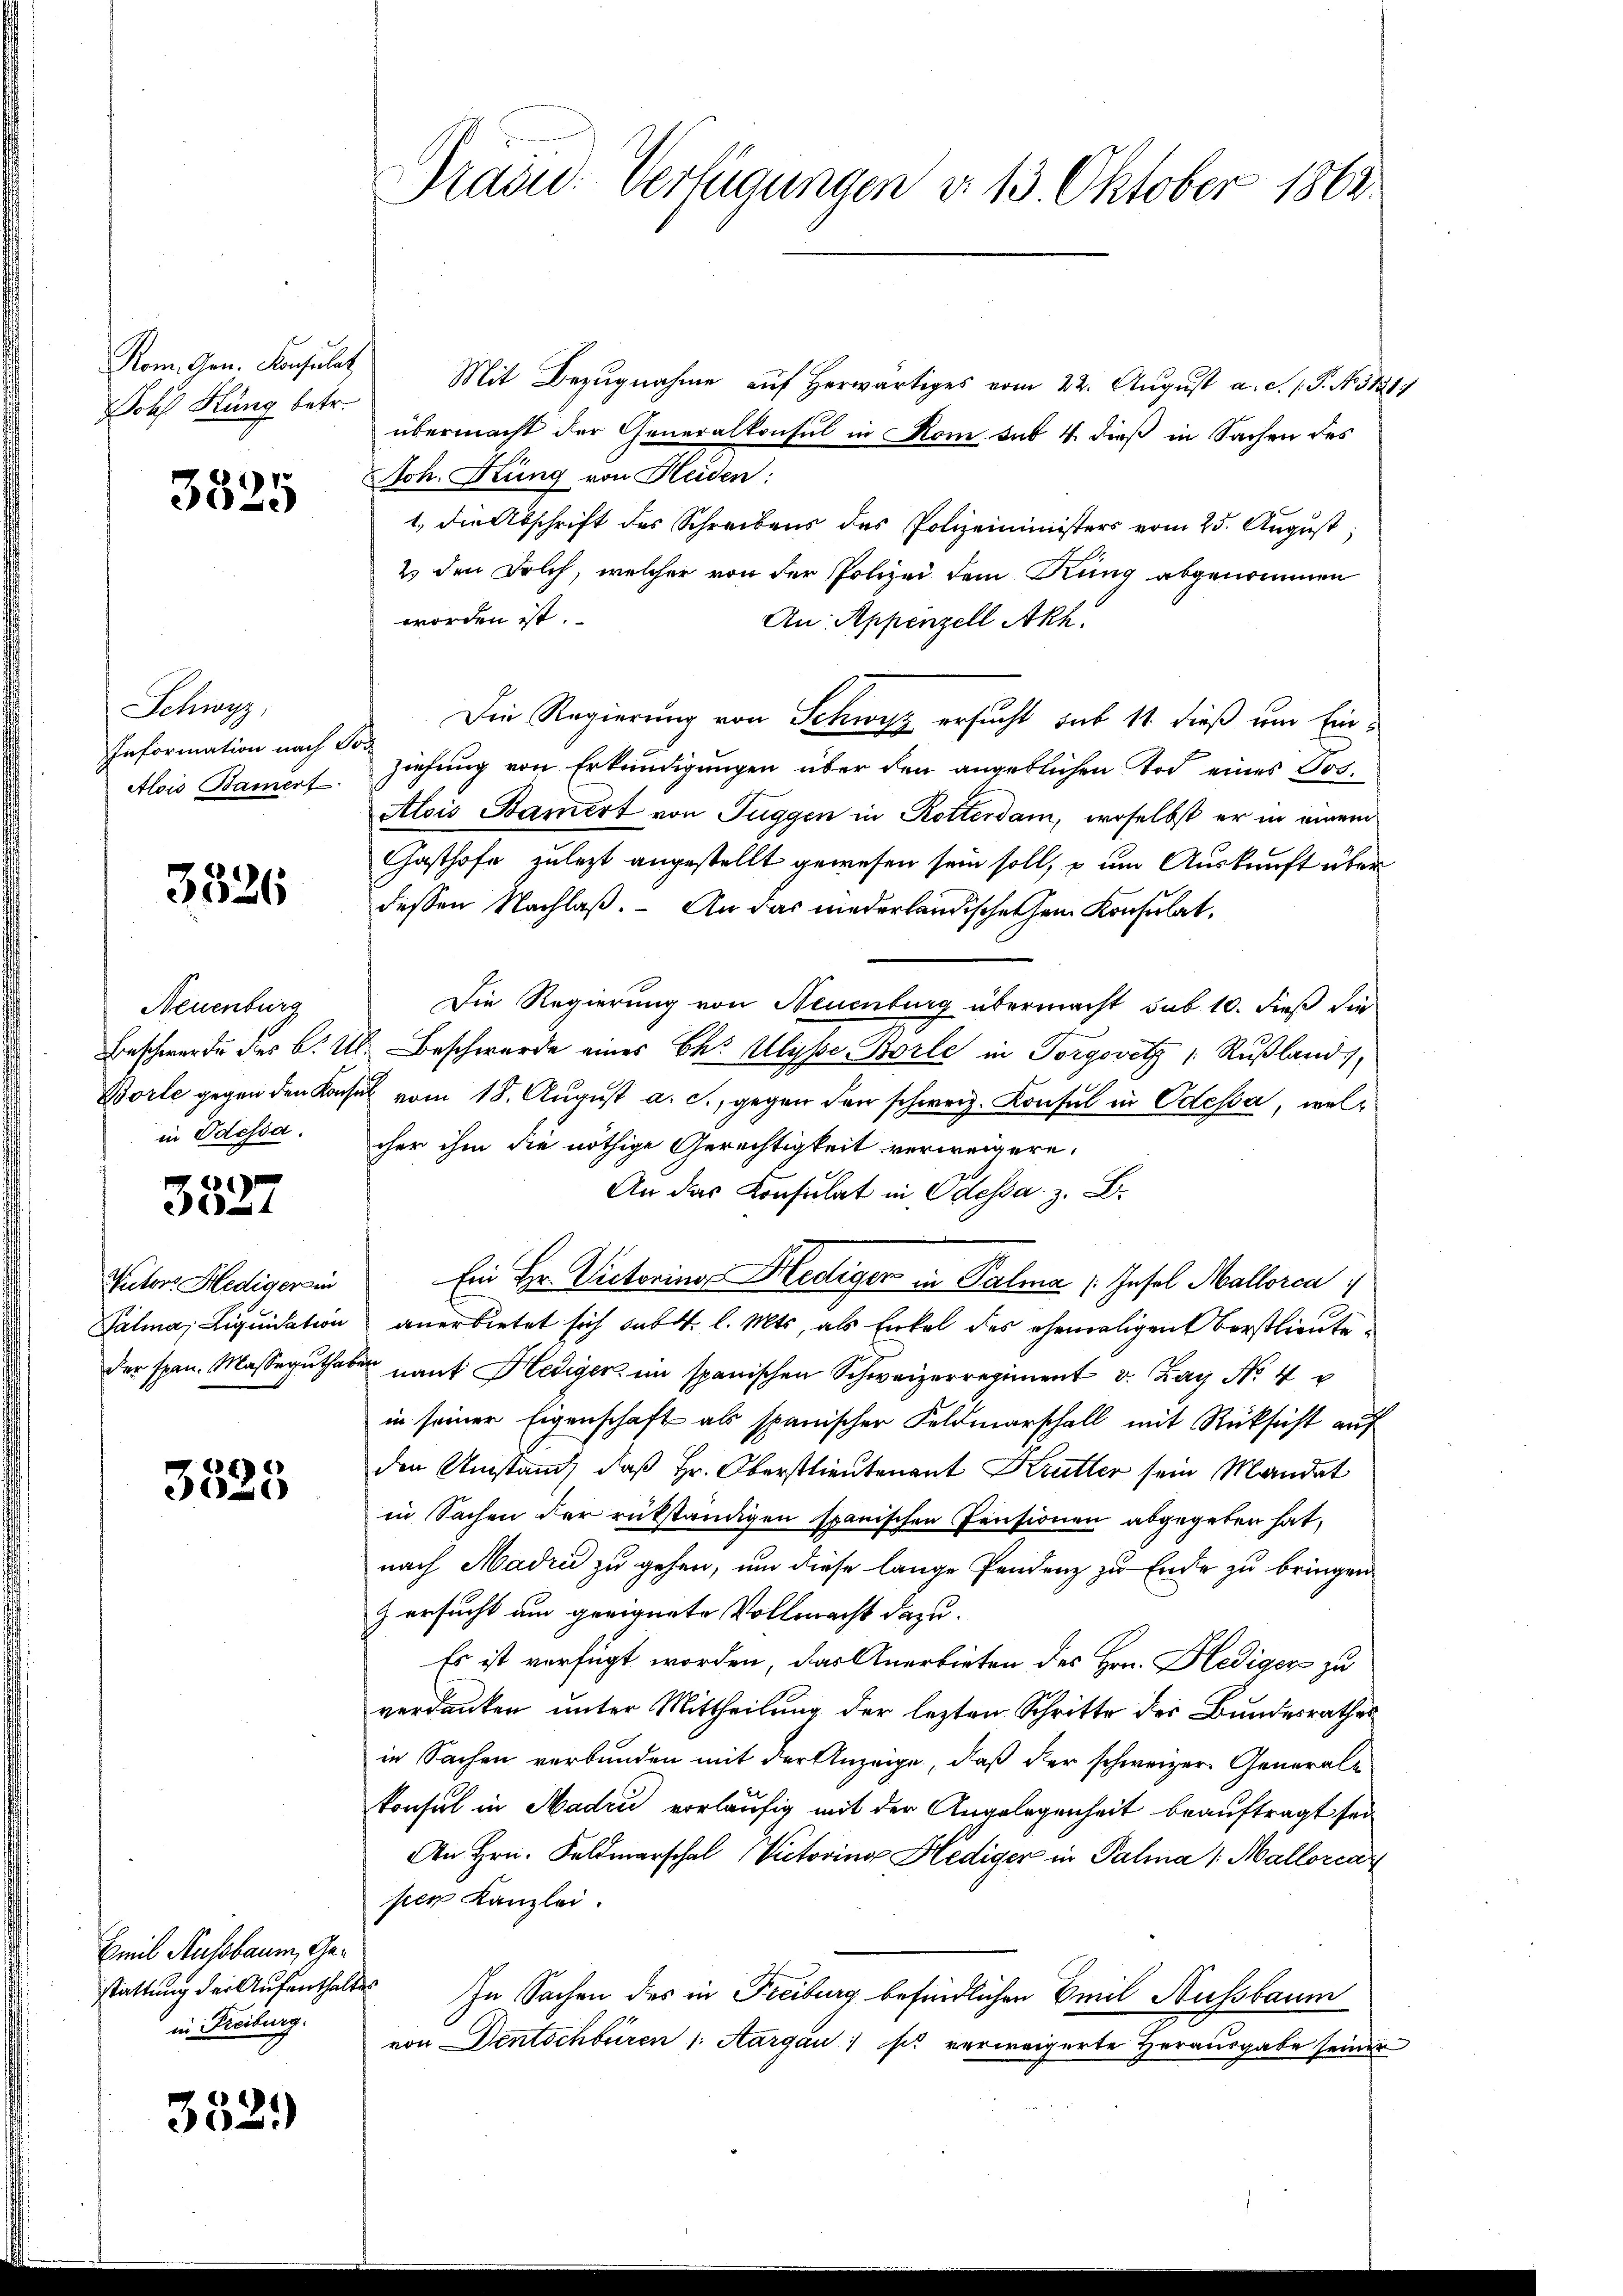
Jolf Flung betr.

3325

Schwyz,
Information nach Tor
Alois Bamert.

3526

Neuenburg
in Odessa.

61)
1

Retors Hediger in
der span. Massegutha

3525

Emil Aussbaum, Gestattung der Aufenthaltes
in Freiburg.

352.)

Kom. Gen. Konsulat Mit Bezugnahme auf herwärtiges vom 22. August a. d. J. J. N. 51217
übermacht der Generalkonsul in Rom sub. 4. dieß in Sachen des
Joh. Küng von Heiden:
1. Die Abschrift des Schreibens des Polizeiministers vom 25. August,
2) den Solch, welcher von der Polizei dem Rang abgenommen
worden ist.
An Appenzell Akh.
Die Regierung von Schwyz ersucht sub 11 dieß um Einziehung von Erkundigungen über den angeblichen Tod eines Vor¬
Alois Bamert von Tuggen in Rotterdam, woselbst er in einem
Gasthofe zulezt angestellt gewesen sein soll, – um Auskunft über
dessen Nachlaß. An das niederländischehen Konsulat,
Die Regierung von Neuenburg übermacht sub 10. dieß die
Beschwerde des C. Ub. Beschwerde eines Chr. Ulyse Borle in Torgovitz 1 Rußland,
Borle gegen den Konsul vom 18. Aŭgŭst a. c., gegen den schweiz. Konsul in Odessa, welcher ihm die nöthige Gerechtigkeit verweigere.
An das Konsulat in Odessa z. B.
Ein Hr. Victorin Hediger in Palma /: Insol Mallorca
Palma; Liquidation anerbietet sich subt. l. Mts, als Enkel des ehemaligen Oberstlieute
 nant Hediger im spanischen Schweizerregiment v. La No. 4
in seiner Eigenschaft als spanischer Feldmarschall mit Rücksicht auf
den Umstand, daß Hr. Oberstlieutenant Krütter sein Mandat
in Sachen der rükständigen spanischen Pensionen abgegeben hat,
nach Madrii zu gehen, um diese lange Pendenz zu Ende zu bringen
) ersucht am geeignete Vollmacht dazu.
Es ist verfügt worden, das Anerbieten des Hrn. Flediger zu
verdanken unter Mittheilung der lezten Schritte des Bundesrathes
in Sachen verbunden mit der Anzeige, daß der schweizer. Generale
konsul in Madri vorläufig mit der Angelegenheit beauftragt sei
An Hrn. Feldmarschal Victorina Hediger in Palma 1. Mallorcar
pen Kanzlei.
In Sachen des in Freiburg befindlichen Emil Nussbaum
von Dentschbüren /: Aargau, so verweigerte Herausgabe seiner

Prau. Verfügungen d. 13. Oktober 1862.